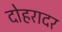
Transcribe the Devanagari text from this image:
दोहरादर